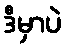
ဒီမှာပဲ